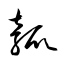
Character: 瓠